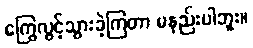
ကြွေလွင့်သွားခဲ့ကြတာ မနည်းပါဘူး။